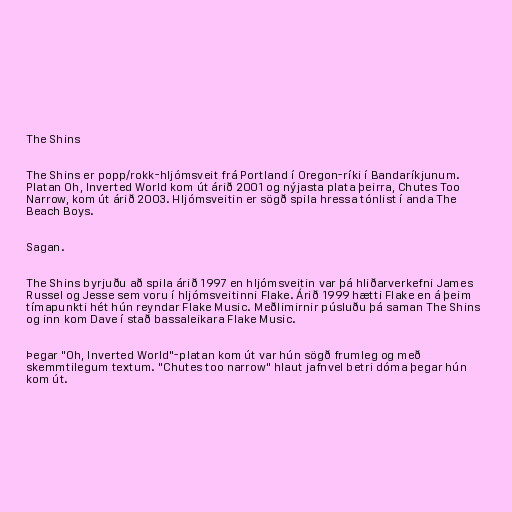
The Shins

The Shins er popp/rokk-hljómsveit frá Portland í Oregon-ríki í Bandaríkjunum.
Platan Oh, Inverted World kom út árið 2001 og nýjasta plata þeirra, Chutes Too
Narrow, kom út árið 2003. Hljómsveitin er sögð spila hressa tónlist í anda The
Beach Boys.

Sagan.

The Shins byrjuðu að spila árið 1997 en hljómsveitin var þá hliðarverkefni James
Russel og Jesse sem voru í hljómsveitinni Flake. Árið 1999 hætti Flake en á þeim
tímapunkti hét hún reyndar Flake Music. Meðlimirnir púsluðu þá saman The Shins
og inn kom Dave í stað bassaleikara Flake Music.

Þegar "Oh, Inverted World"-platan kom út var hún sögð frumleg og með
skemmtilegum textum. "Chutes too narrow" hlaut jafnvel betri dóma þegar hún
kom út.